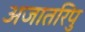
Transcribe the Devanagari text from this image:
अजातरिपु